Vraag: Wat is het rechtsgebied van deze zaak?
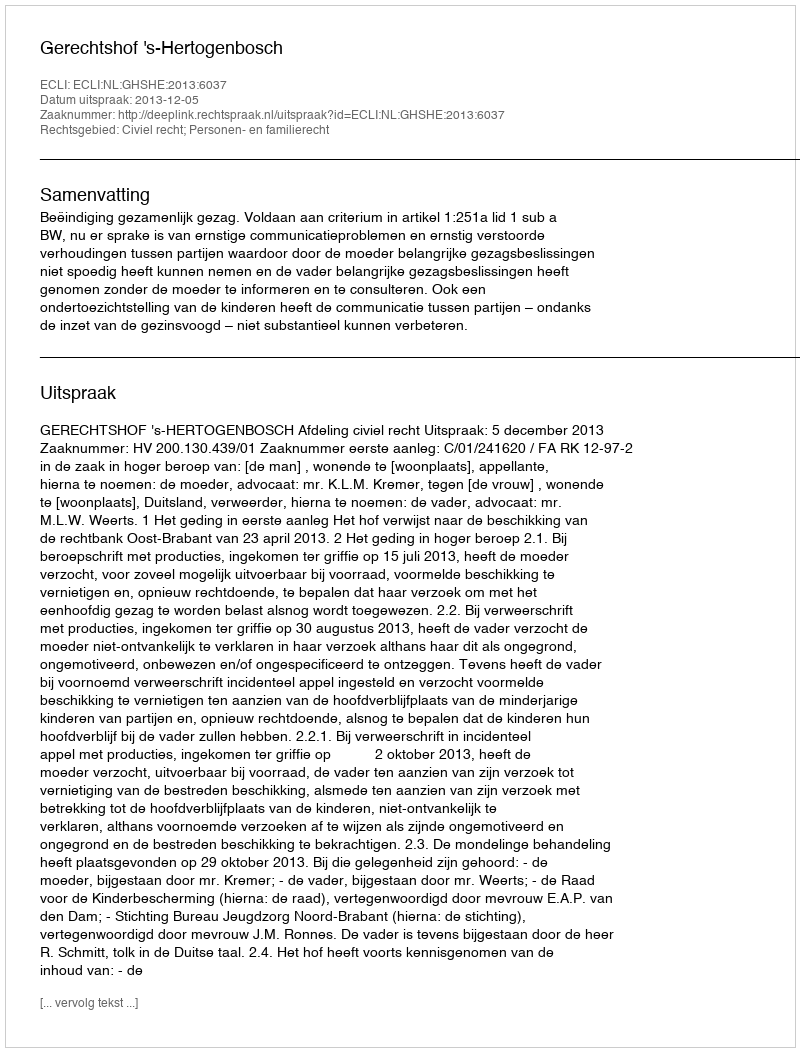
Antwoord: Civiel recht; Personen- en familierecht